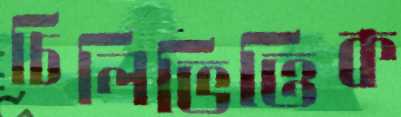
চিলিভিত্তিক